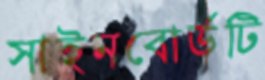
সাইনবোর্ডটি